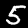
Digit: 5